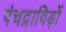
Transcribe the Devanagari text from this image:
पंचद्राविड़ों